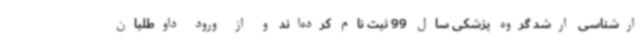
ارشناسی ارشد گروه پزشکی سال 99 ثبت نام کرده‌اند و از ورود داوطلبان